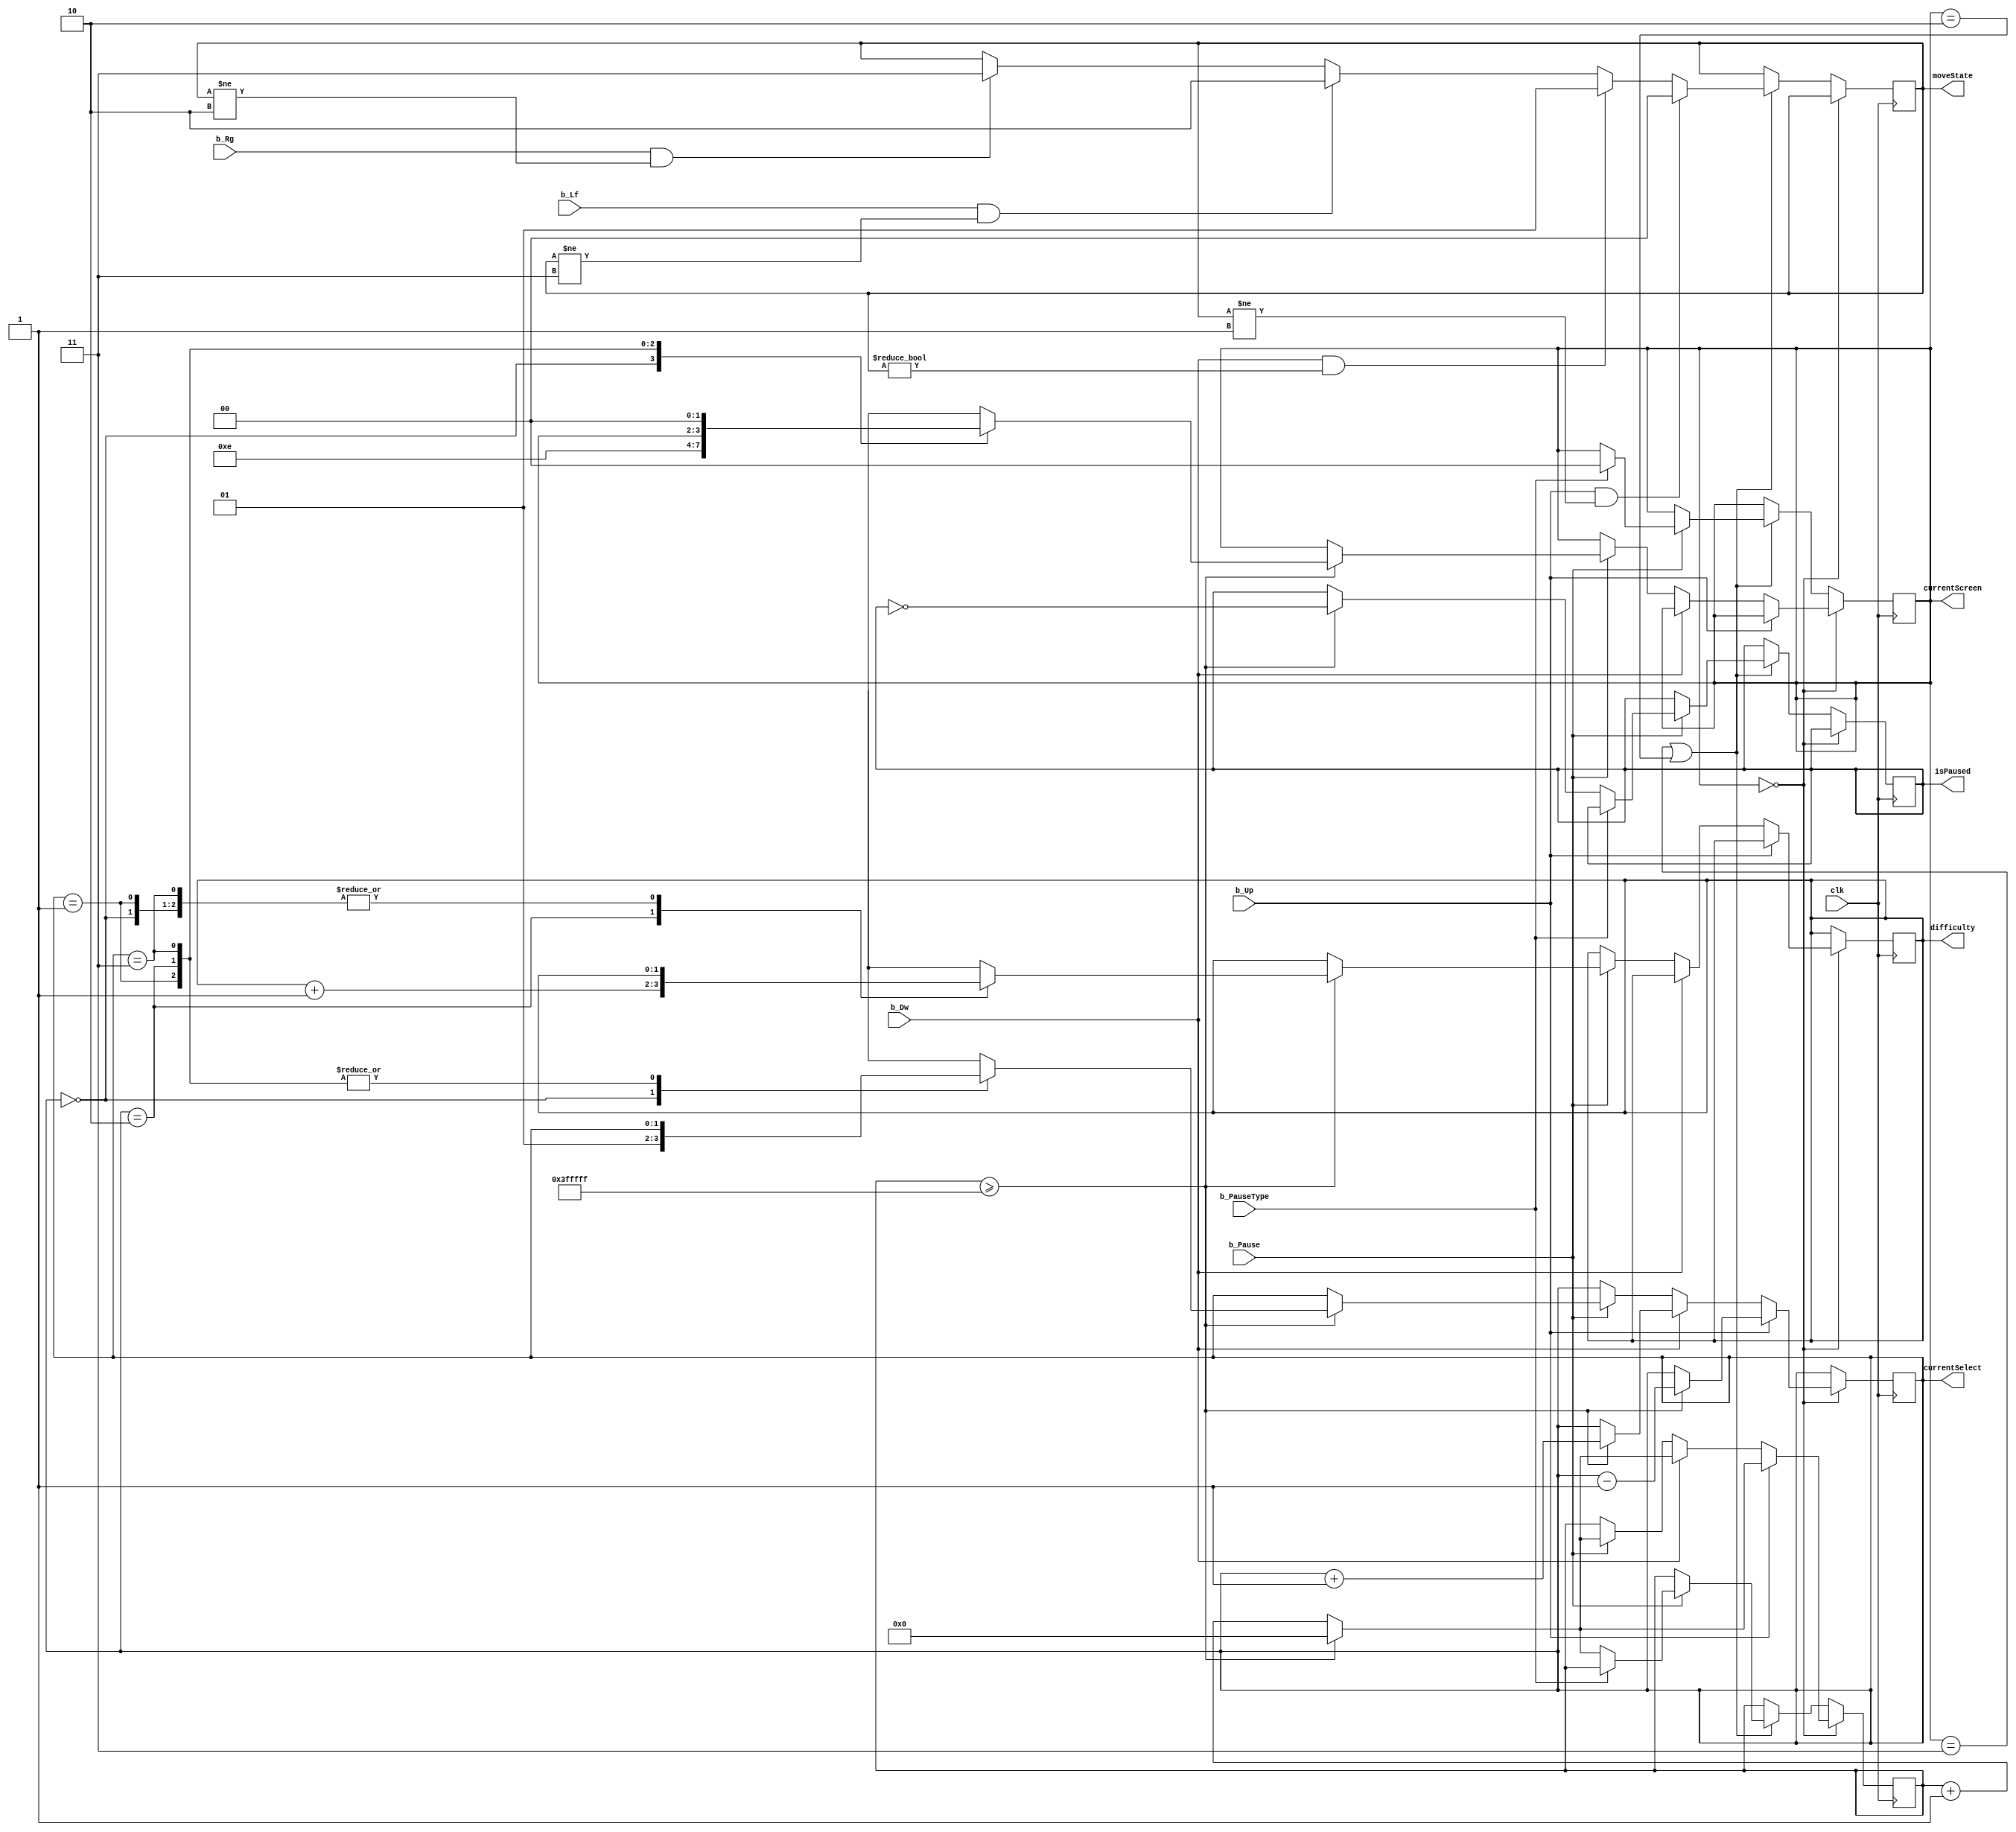
`timescale 1ns / 1ps

module Buttons_Control(
	input clk,
	input b_Up,b_Dw,b_Lf,b_Rg,b_Pause,
	input b_PauseType,
	output [1:0] moveState,
	output [1:0] currentScreen,
	output [1:0] currentSelect,
	output [1:0] difficulty,
	output isPaused
);

parameter UP = 0,DOWN = 1,LEFT = 2,RIGHT = 3;

reg [1:0] moveState_reg;
reg [23:0] pause_count = 0;
reg [1:0] currentScreen_reg = 0;
reg [1:0] currentSelect_reg = 0;
reg [1:0] difficulty_reg = 0;
reg pause_reg;

always @(posedge clk)begin
	if(currentScreen_reg == 0)begin
		if(b_Up)begin
			if(pause_count >= 24'b001111111111111111111111)begin
				currentSelect_reg = currentSelect_reg - 1;
				pause_count = 0;
			end
			else
				pause_count = pause_count + 1;
		end
		else if(b_Dw)begin
			if(pause_count >= 24'b001111111111111111111111)begin
				currentSelect_reg = currentSelect_reg + 1;
				pause_count = 0;
			end
			else
				pause_count = pause_count + 1;
		end
		else if(b_Pause)begin
			if(pause_count >= 24'b001111111111111111111111)begin
				case(currentSelect_reg)
					2'b00: begin currentSelect_reg = 1; currentScreen_reg = 3; end
					2'b01: currentScreen_reg = 2;
					2'b10: difficulty_reg = difficulty_reg + 1;
					2'b11: currentScreen_reg = 0;
				endcase
				pause_count = 0;
			end
			else
				pause_count = pause_count + 1;
		end
		
	end
	else if(currentScreen_reg == 3 || currentScreen_reg == 2)begin
		if(b_Pause)begin
			if(b_PauseType)
				currentScreen_reg = 0;
			else begin
				if(pause_count >= 24'b001111111111111111111111)begin
					pause_reg = ~pause_reg;
					pause_count = 0;
				end
				else
					pause_count = pause_count + 1;
			end
		end
		if(b_Up == 1 && moveState_reg != DOWN)
			moveState_reg <= UP;
		else if(b_Dw == 1 && moveState_reg != UP)
			moveState_reg <= DOWN;
		else if(b_Lf == 1 && moveState_reg != RIGHT)
			moveState_reg <= LEFT;
		else if(b_Rg == 1 && moveState_reg != LEFT)
			moveState_reg <= RIGHT;
	end
end

assign currentScreen = currentScreen_reg;
assign currentSelect = currentSelect_reg;
assign difficulty = difficulty_reg;
assign moveState = moveState_reg;
assign isPaused = pause_reg;

endmodule